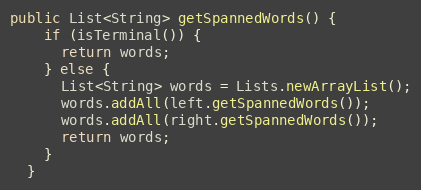
Language: Java
public List<String> getSpannedWords() {
    if (isTerminal()) {
      return words;
    } else {
      List<String> words = Lists.newArrayList();
      words.addAll(left.getSpannedWords());
      words.addAll(right.getSpannedWords());
      return words;
    }
  }